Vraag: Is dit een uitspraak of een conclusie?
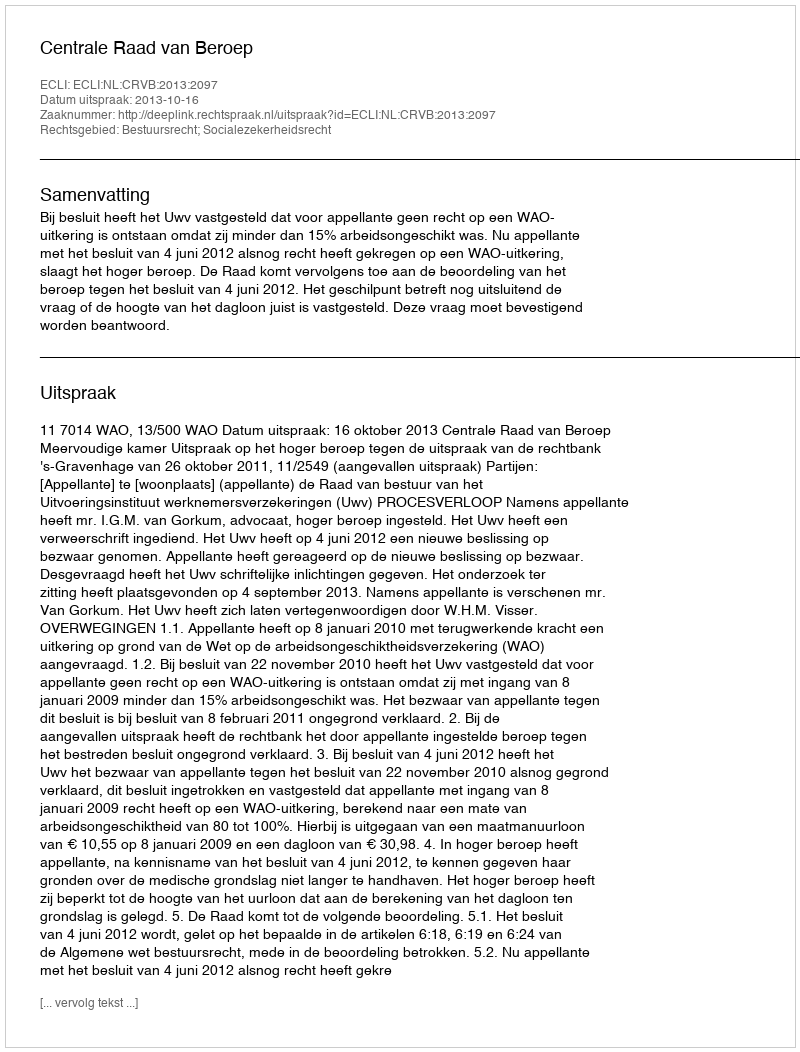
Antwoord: Uitspraak